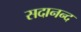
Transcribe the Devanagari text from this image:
सदानन्‍द